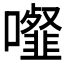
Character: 𩐉